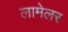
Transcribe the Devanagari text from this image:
लामेलर